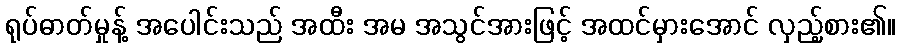
ရုပ်ဓာတ်မှုန့် အပေါင်းသည် အထီး အမ အသွင်အားဖြင့် အထင်မှားအောင် လှည့်စား၏။